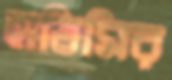
হাতিমির